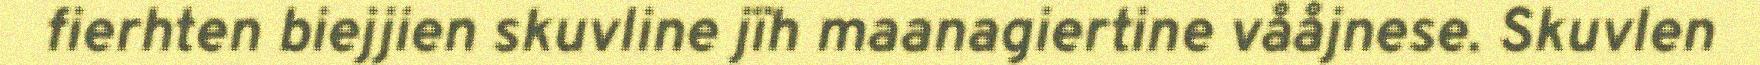
fierhten biejjien skuvline jïh maanagiertine vååjnese. Skuvlen